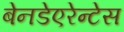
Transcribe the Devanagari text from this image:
बेनडेएरेन्टेस